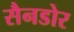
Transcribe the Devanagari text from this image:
सैनडोर